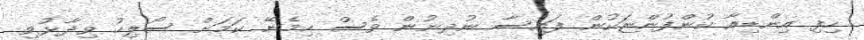
ހިފި އިންޑިއާ ކުންފުންޏަކުން ފައިސާ ނުދިނުން ވެސް ހިމެނޭ ކަމަށް ސޯލިހު ވިދާޅުވި